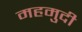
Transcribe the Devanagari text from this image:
महमुदी